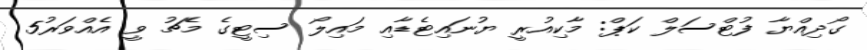
ގޯދިއްޔާ ފުޓްސަލް ކަޕް: މާކިއުރީ ޔުނައިޓެޑާއި މައިލޯ ސިޓީގެ މެޗު ވީ އެއްވަރު5